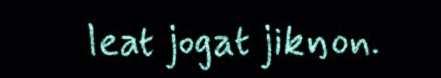
leat jogat jikŋon.